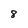
Character: 8